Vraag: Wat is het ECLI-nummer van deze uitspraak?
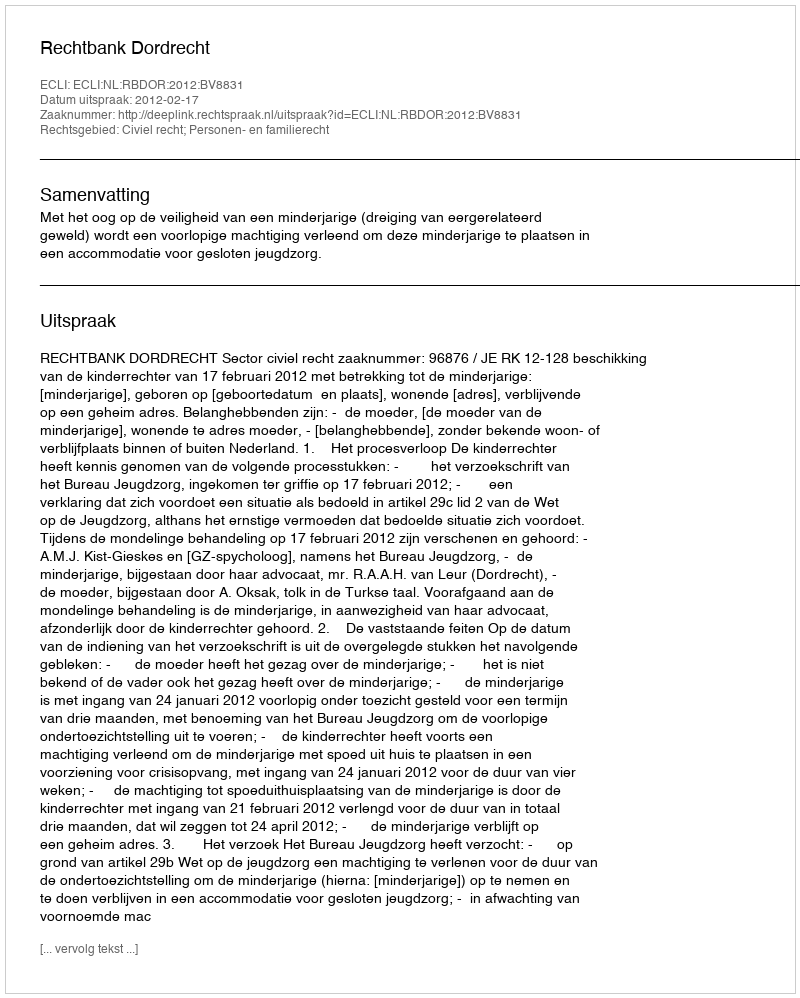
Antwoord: ECLI:NL:RBDOR:2012:BV8831